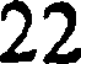
22